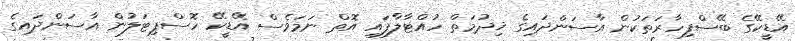
އޭޑީކޭގެ ބޭސްފިހާރަތަކުން އާސަންދައިގެ ޚިދުމަތް ހުއްޓާލާފައި އޮތް ނަމަވެސް އޭޑީކޭ ހޮސްޕިޓަލުން އާސަންދައިގެ